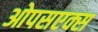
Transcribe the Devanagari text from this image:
ओपसएक्स